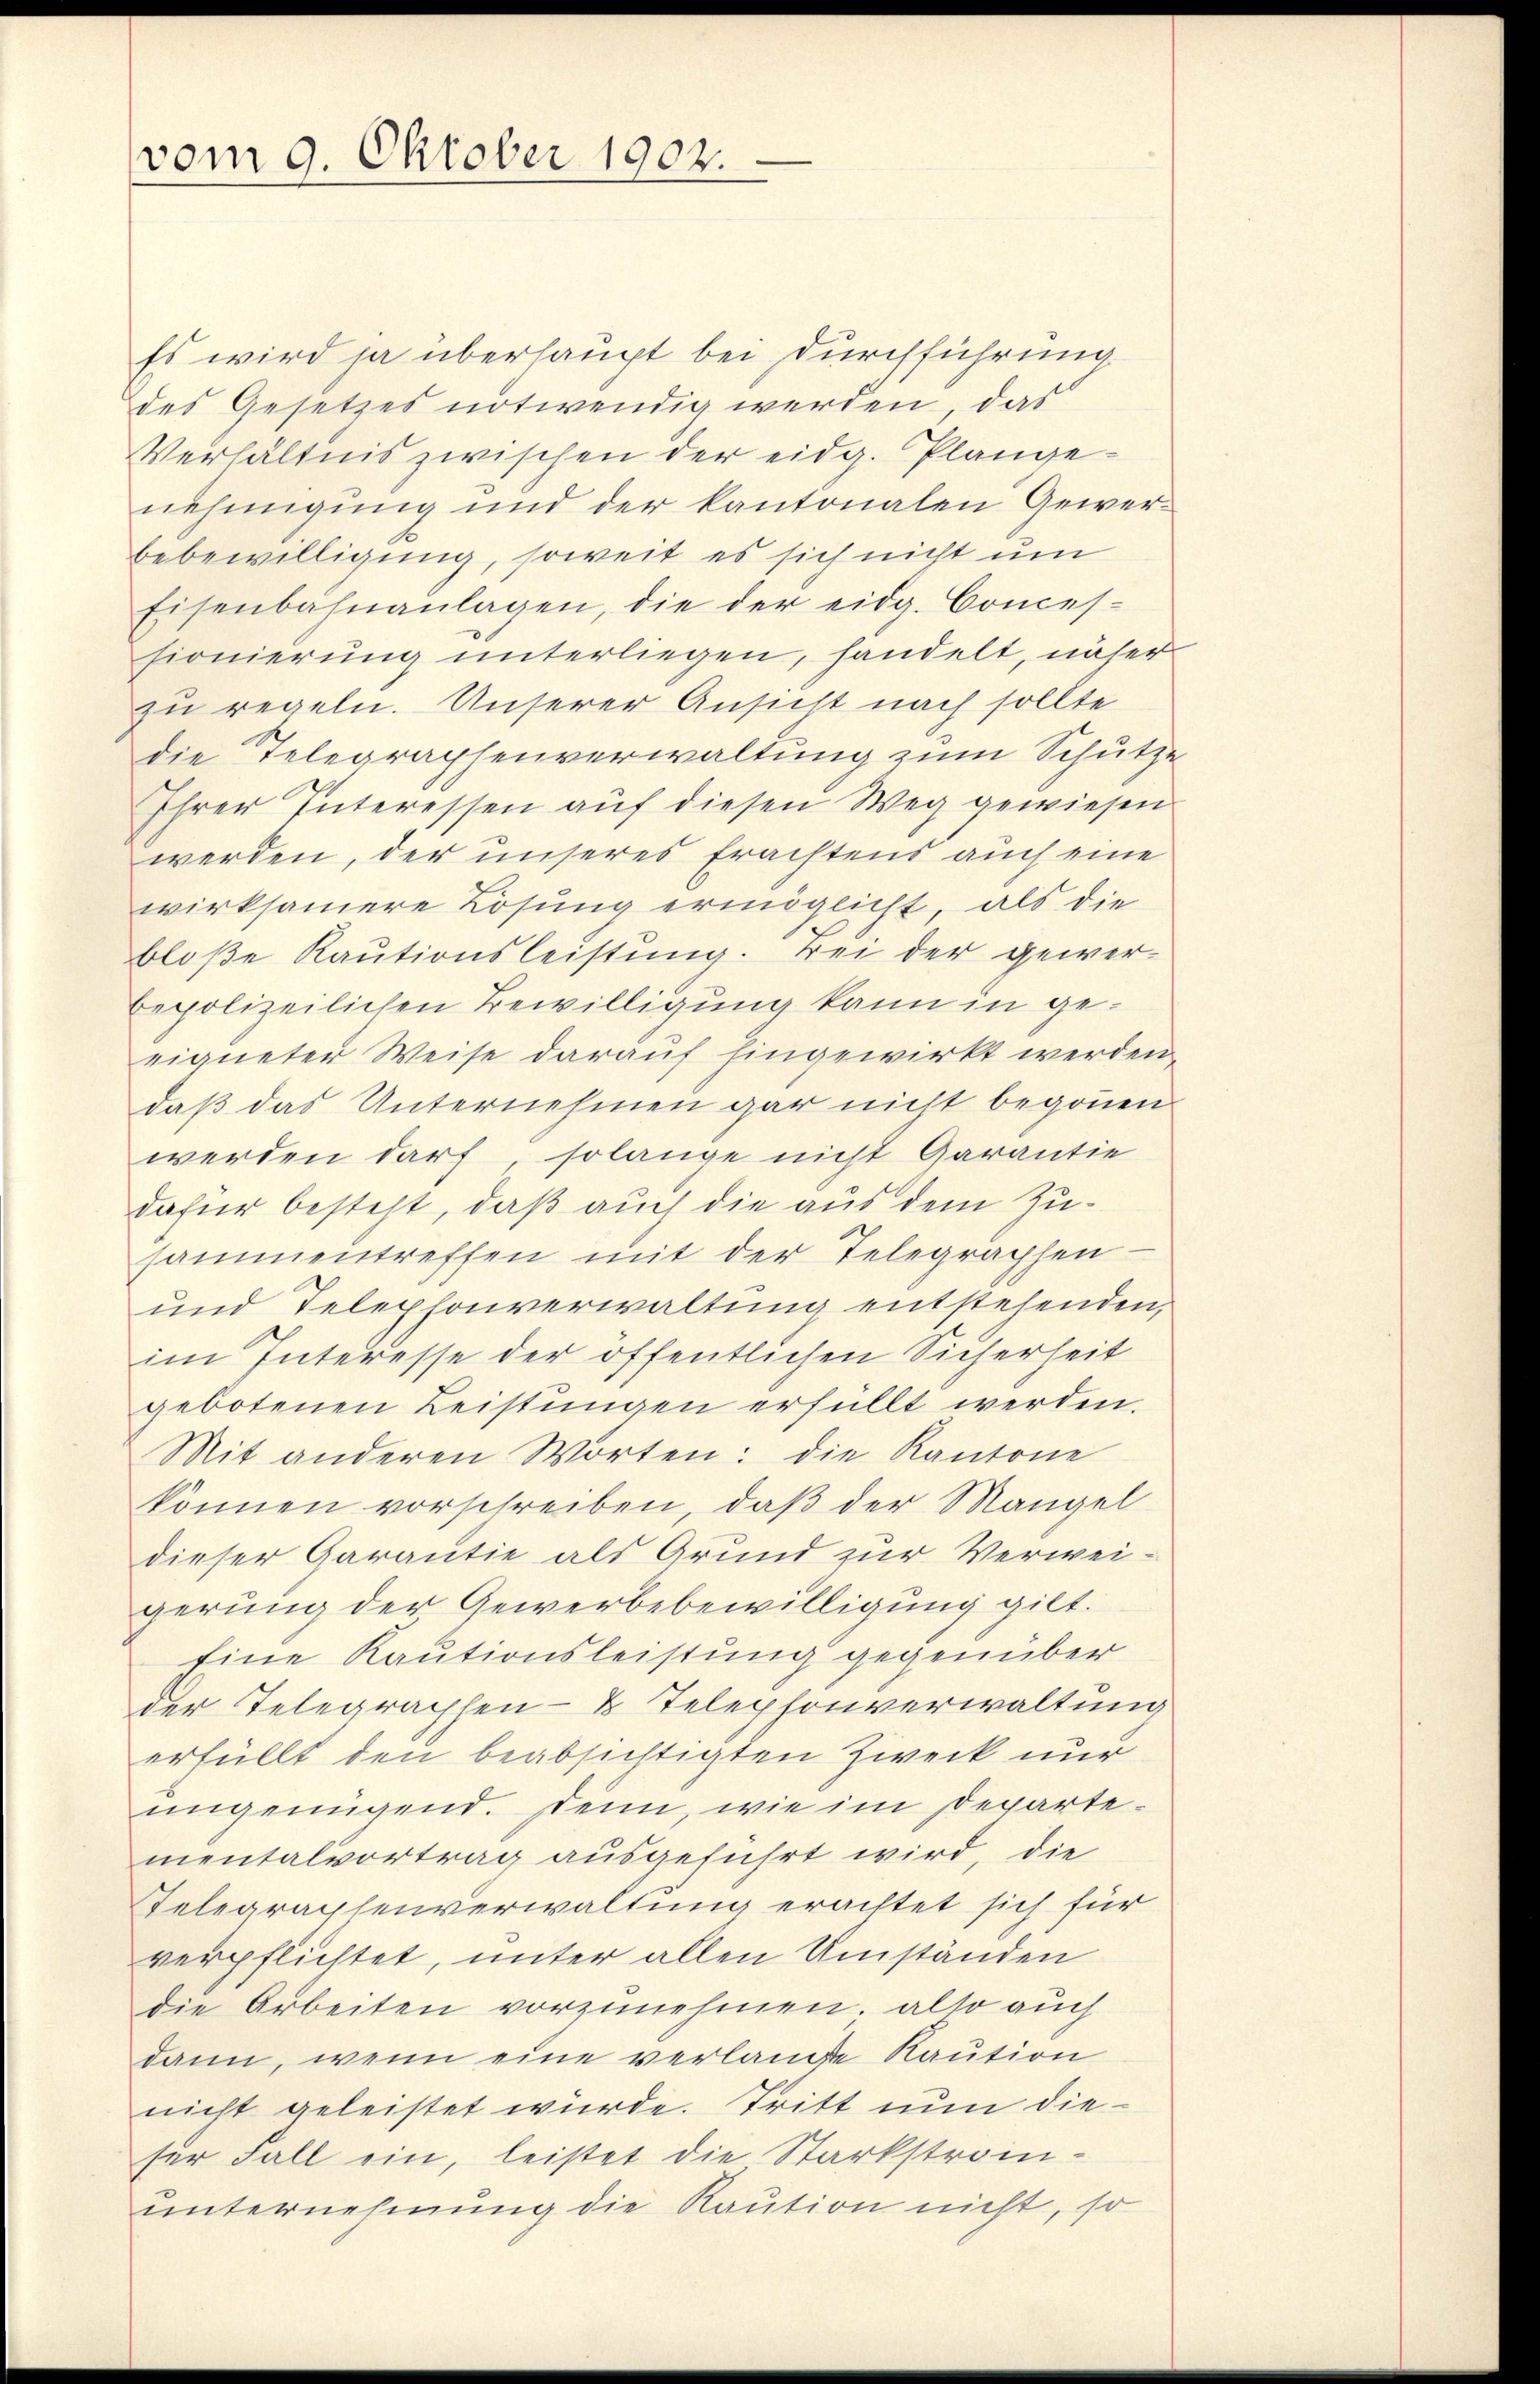
vom 9. Oktober 1902.

Es wird ja überhaupt bei Durchführung
des Gesetzes notwendig werden, das
Verhältnis zwischen der eidg. Plangenehmigung und der kantonalen Gewerbebewilligung, soweit es sich nicht um
Eisenbahnanlagen, die der eidg. Conces-
sionierung unterliegen, handelt, näher
zu regeln. Unserer Ansicht nach sollte
die Telegraphenverwaltung zum Schutze
Ihrer Interessen aŭf diesen Weg gewiesen
werden, der unseres Erachtens auch eine
wirksamere Lösung ermöglicht, als die
bloße Raŭtionsleistŭng. Bei der gewerbepolizeilichen Bewilligung kann in geeigneter Weise darauf hingewirkt werden.
daß das Unternehmen gar nicht begonnen
werden darf solange nicht Garantie
dafür besteht, daß auch die aus dem Zusammentreffen mit der Telegraphen-
und Telephonverwaltung entstehenden,
im Interesse der öffentlichen Sicherheit
gebotenen Leistungen erfüllt werden.
Mit anderen Worten: die Kantone
können vorschreiben, daß der Mangel
dieser Garantie als Grund zur Verweigerung der Gewerbebewilligung gilt.
Eine Kautionsleistung gegenüber
der Telegraphen- & Telephonverwaltung
erfüllt den beabsichtigten Zweck nur
ungenügend. Denn, wie im Departementalvortrag ausgeführt wird, die
Telegraphenverwaltung erachtet sich für
verpflichtet, unter allen Umständen
die Arbeiten vorzunehmen, also auch
dann, wenn eine verlangte Kaution
nicht geleistet würde. Tritt nun diefer Fall ein, leistet die Starkstroinunternehmung die Kaution nicht, so